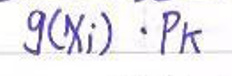
$g(x_i) \cdot p_k$